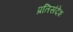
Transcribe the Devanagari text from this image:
प्रतिसंदेश